Leaving Certificate Examination, 1919
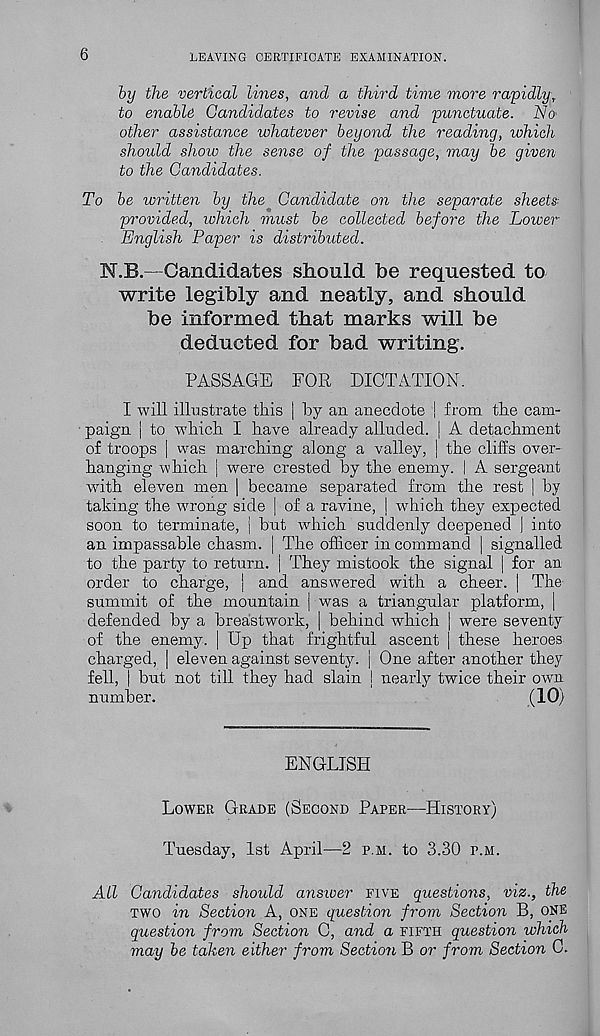
6
LEAVING CERTIFICATE EXAMINATION.
by the vertical lines, and a third time more rapidly,
to enable Candidates to revise and punctuate. No
other assistance whatever beyond the reading, which
should show the sense of the passage, may be given
to the Candidates.
To be written by the Candidate on the separate sheets-
provided, which must be collected before the Lower
English Paper is distributed.
N.B.— Candidates should Tbe requested to
write legibly and neatly, and should
be informed that marks will be
deducted for bad writing.
PASSAGE FOR DICTATION.
I will illustrate this | by an anecdote | from the cam-
paign | to which I have already alluded. | A detachment
of troops | was marching along a valley, | the cliffs over-
hanging which | were crested by the enemy. | A sergeant
with eleven men | became separated from the rest | by
taking the wrong side | of a ravine, | which they expected
soon to terminate, j but which suddenly deepened | into
an impassable chasm. | The officer in command | signalled
to the party to return. | They mistook the signal | for an
order to charge, | and answered with a cheer. | The-
summit of the mountain ] was a triangular platform, |
defended by a breastwork, | behind which | were seventy
of the enemy. | Up that frightful ascent | these heroes
charged, | eleven against seventy, j One after another they
fell, | but not till they had slain | nearly twice their own
number.
(10)
ENGLISH
LOWER GRADE (SECOND PAPER—HISTORY)
Tuesday, 1st April—2 P.M. to 3.30 P.M.
Ail Candidates should ansiver FIVE questions, viz., the
TWO in Section A, ONE question from Section B, ONE
question from Section C, and a FIFTH question which
may be taken either from Section B or from Section C.